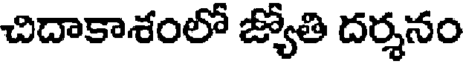
చిదాకాశంలో జ్యోతి దర్శనం